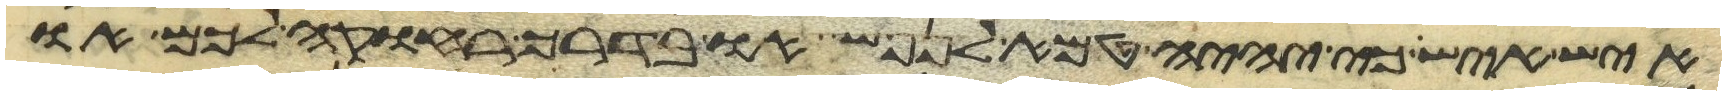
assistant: איש איש כי יהיה טמא לנפש או בדרך רחוקה לכם או